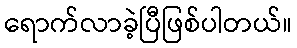
ရောက်လာခဲ့ပြီဖြစ်ပါတယ်။